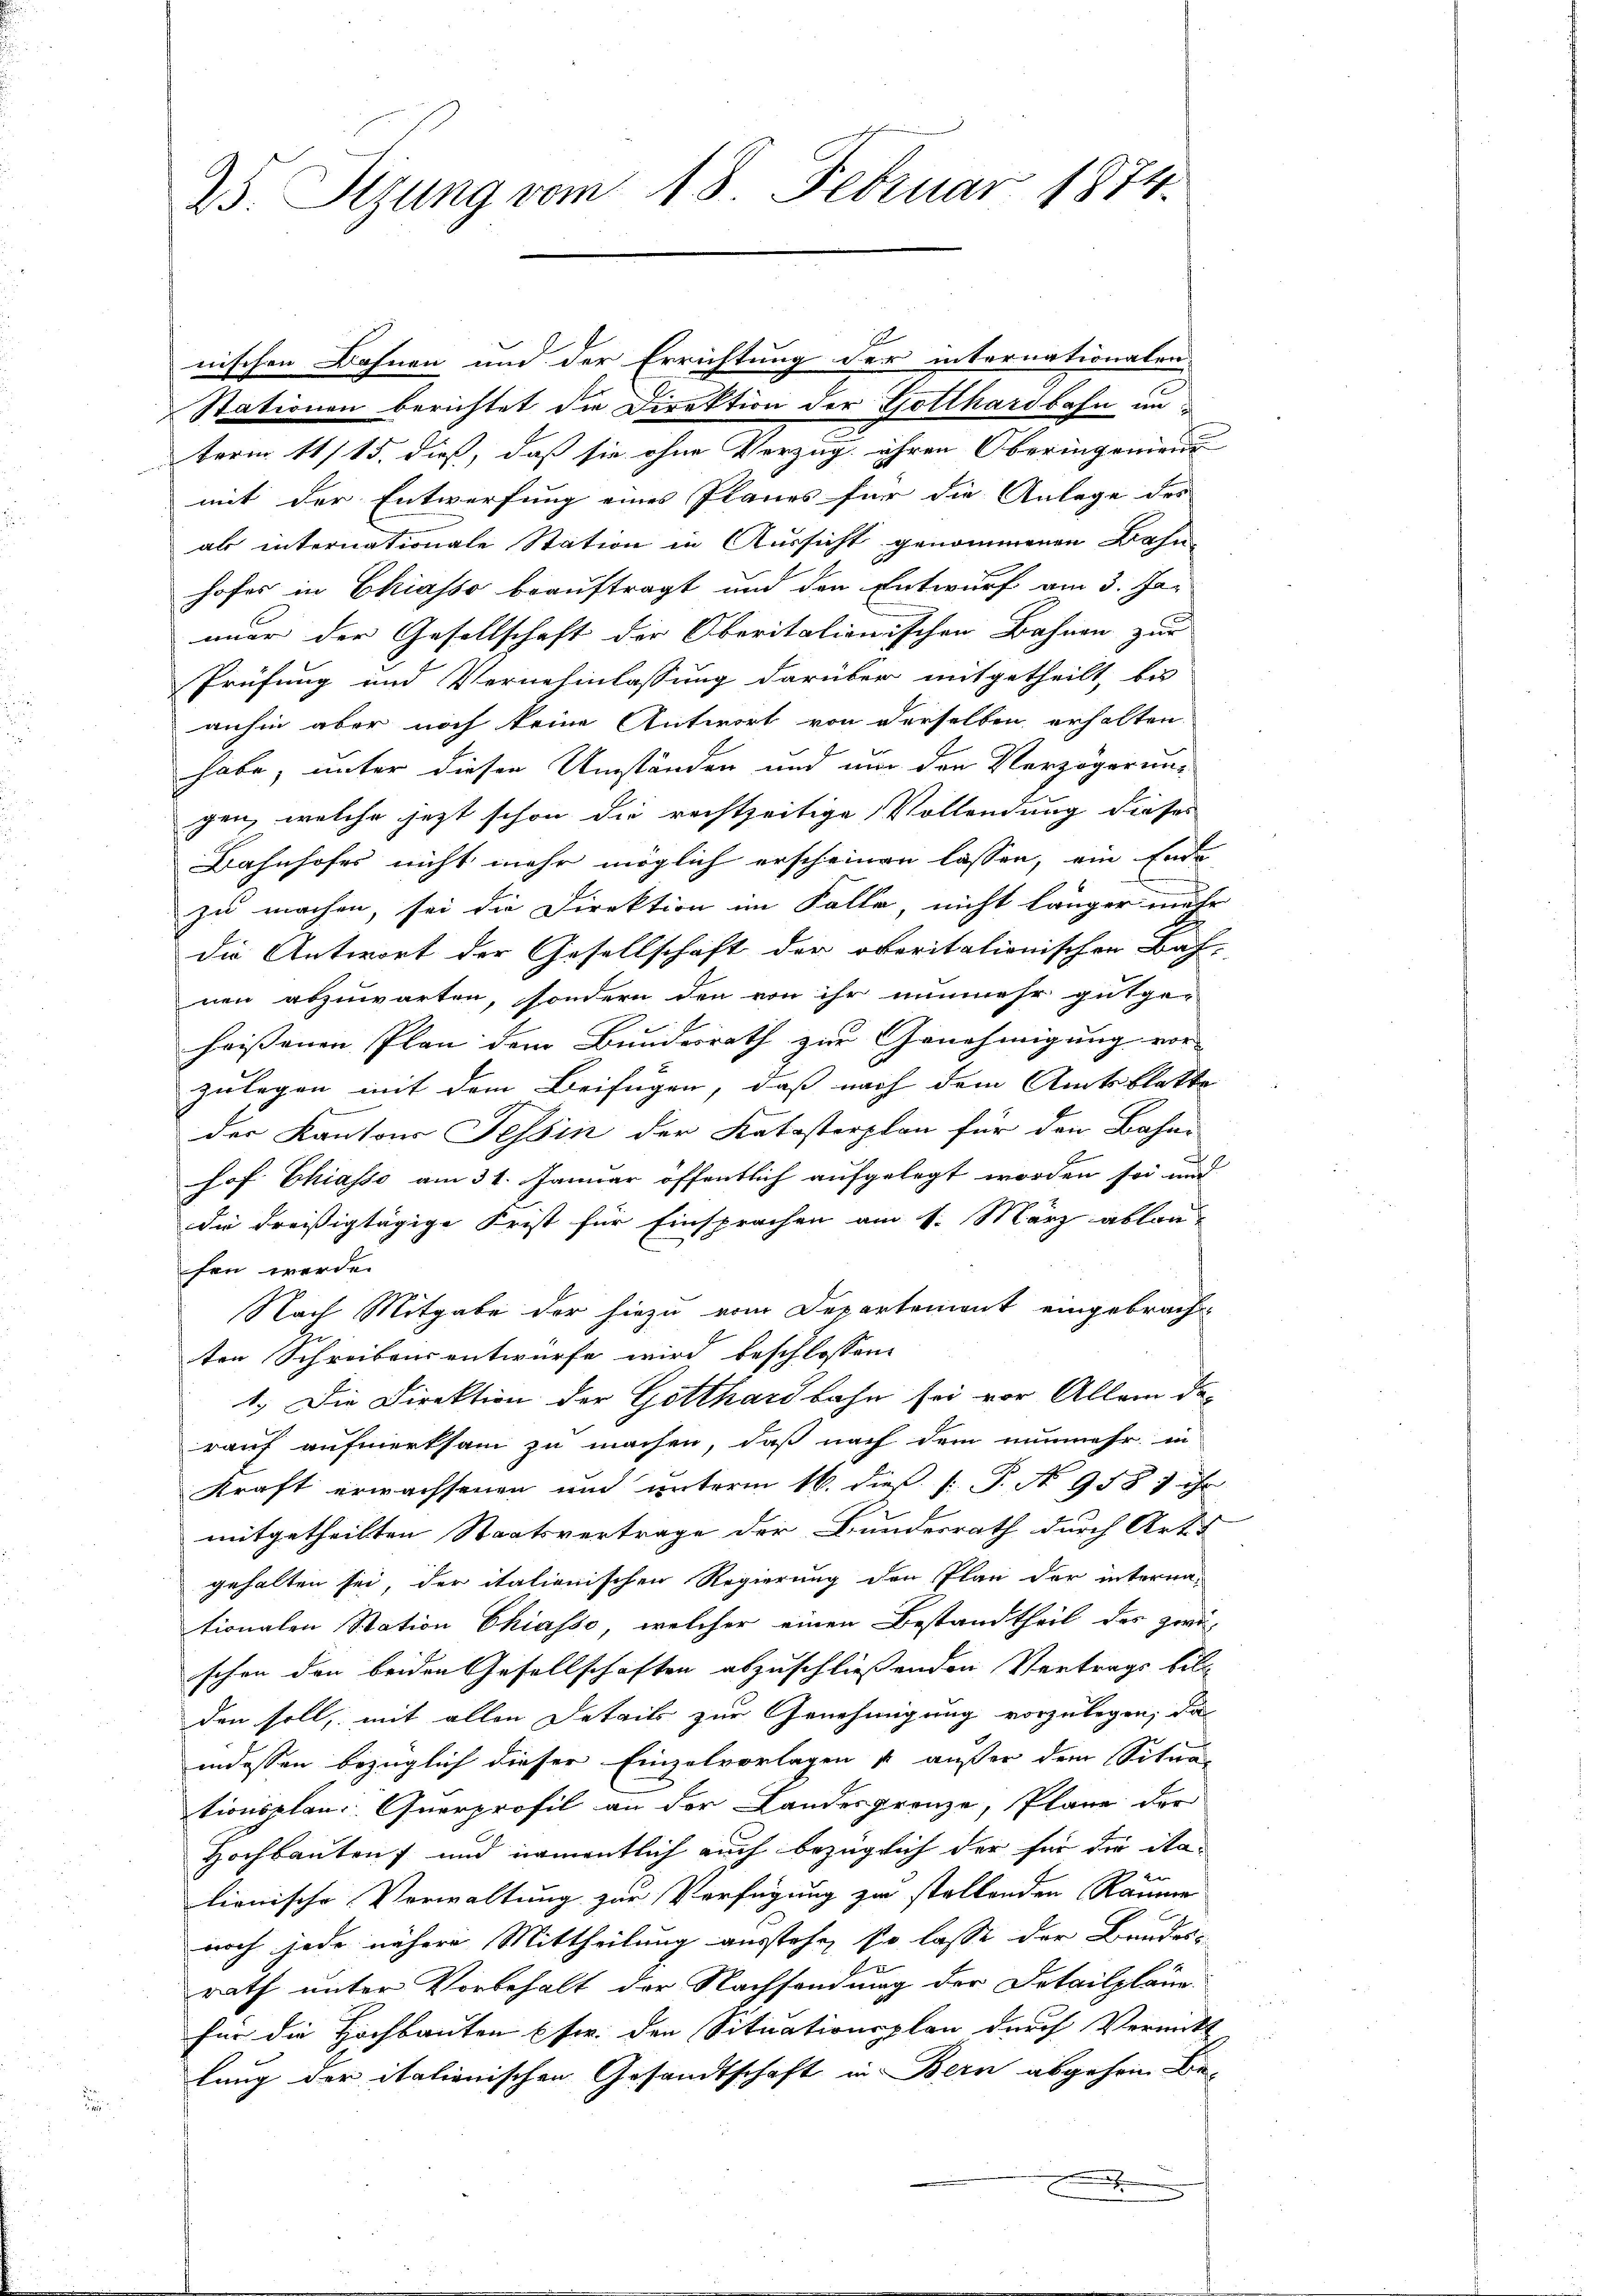
25. Sizung vom 18. Februar 1874.

1
nischen Bahnen und der Errichtung der internationalen-
Stationen berichtet die Direktion der Gotthardbahn in
term 11/15. dieß, daß sie ohne Vorzug ihren Oberingenien
mit der Entwerfung eines Planes für die Anlege des
als internationale Station in Aussicht genommenen Bahn-
hofes in Chiasso beauftragt und den Entwurf am 3. Jan
mmer der Gesellschaft der Oberitationischen Bahnen zur
Prüfung und Vernehmlassung darüber mitgetheilt, bis
anhin aber noch keine Antwort von derselben erhalten
habe, unter diesen Umständen und man den Verzögerung
gen, welche jetzt schon die rechtzeitige Vollendung dieses
Bahnhofes nicht mehr möglich erscheinen lassen, ein Ende
zu machen, sei die Direktion im Falle, nicht länger mehr
die Antwort der Gesellschaft der oberitationischen Bah-
nen abzuwarten, sondern den von ihr nunmehr gutge-
heissenen Plan dem Bundesrath zur Genehmigung vor
zulegen mit dem Beifügen, daß nach dem Amtsblatte
der Kantons Tessin der Katastorplan für den Bahne
hof. Chiasso am 31. Januar öffentlich aufgelegt worden sei und
die dreißigtägige Frist für Einsprachen am 1. März ablan-
fen werde.
Nach Mitgabe der hiezu vom Departement eingebrach-
ten Schreibens entwürfe wird beschlossene
1.) Die Direktion der Gotthardbahn sei vor Allem darauf aufmerksam zu machen, daß nach dem nunmehr in
Kraft erwachsenen und unterm 16. dieß P. P. N 958 1 ist
mitgetheilten Staatsvertrage der Bundesrath durch Art.
gehalten sei, der italienischen Regierung den Plan der internationalen Station Chiasso, welcher einen Bestandtheil des zwi-
schon den beiden Gesellschaften abzuschließenden Vertrags bill
den soll, mit allen Details zur Genehmigung vorzulegen, da
indessen bezüglich dieser Einzelvorlagen außer dem Situa
tionsplan Querprofil an der Landesgrenze, Plane der
Hochbauten und namentlich auch bezüglich der für die ita-
20
lionische Verwaltung zur Verfügung zu stellenden Raume
noch jede nähere Mittheilung ausstehe, so lasse der Bundes
rath unter Vorbehalt der Nachsendung der Detailpläne.
für die Hochbauten Estr. den Situationsplan durch Vernickt
lung der italienischen Gesandtschaft in Bern abgehen Be¬
.

¬